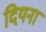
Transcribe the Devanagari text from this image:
दियना